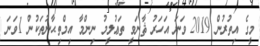
މީގެ އިތުރުން 2019 ވަނަ އަހަރު ޘާނަވީ ތަޢުލީމު ނިންމާ އިމްތިޙާނުތަކުން 1ވަނަ